Indian journal of veterinary science and animal husbandry - Volumes 18-21, 1948-1951
Year: 1948
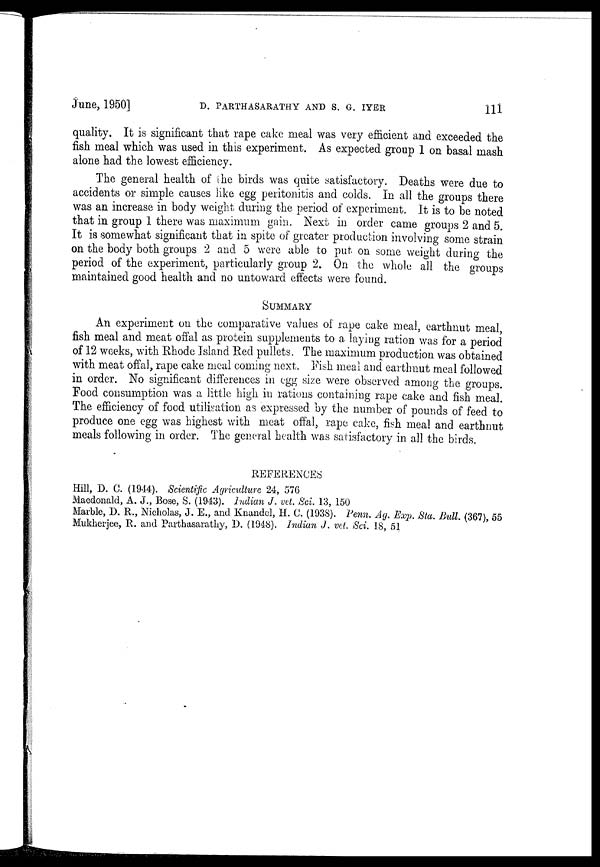
June, 1950] D. PARTHASARATHY AND S. G. IYER 111
quality. It is significant that rape cake meal was very efficient and exceeded the
fish meal which was used in this experiment. As expected group 1 on basal mash
alone had the lowest efficiency.
The general health of the birds was quite satisfactory. Deaths were due to
accidents or simple causes like egg peritonitis and colds. In all the groups there
was an increase in body weight during the period of experiment. It is to be noted
that in group 1 there was maximum gain. Next in order came groups 2 and 5.
It is somewhat significant that in spite of greater production involving some strain
on the body both groups 2 and 5 were able to put on some weight during the
period of the experiment, particularly group 2. On the whole all the groups
maintained good health and no untoward effects were found.
SUMMARY
An experiment on the comparative values of rape cake meal, earthnut meal,
fish meal and meat offal as protein supplements to a laying ration was for a period
of 12 weeks, with Rhode Island Red pullets. The maximum production was obtained
with meat offal, rape cake meal coming next. Fish meal and earthnut meal followed
in order. No significant differences in egg size were observed among the groups.
Food consumption was a little high in rations containing rape cake and fish meal.
The efficiency of food utilisation as expressed by the number of pounds of feed to
produce one egg was highest with meat offal, rape cake, fish meal and earthnut
meals following in order. The general health was satisfactory in all the birds.
REFERENCES
Hill, D. C. (1944). Scientific Agriculture 24, 576
Macdonald, A. J., Bose, S. (1943). Indian J. vet. Sci. 13, 150
Marble, D. R., Nicholas, J. E., and Knandel, H. C. (1938). Penn. Ag. Exp. Sta. Bull. (367), 55
Mukherjee, R. and Parthasarathy, D. (1948). Indian J. vet. Sci. 18, 51